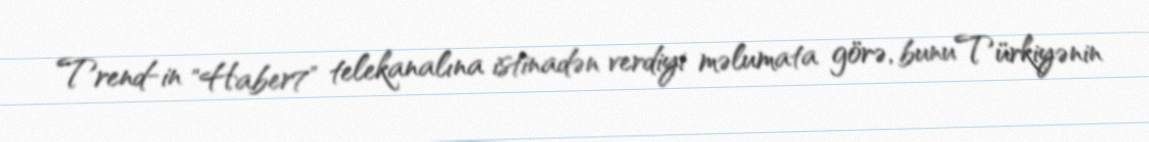
Trend-in "Haber7" telekanalına istinadən verdiyi məlumata görə, bunu Türkiyənin